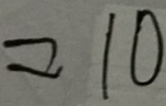
= 1 0